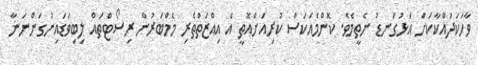
ވާހަކަދައްކާކަށް އަޅުގަނޑު ނެތީމެވެ. ކޮންމެއަކަސް ކުރިއަށްއޮތީ އެ އިއްޒަތްތެރި މެމްބަރުން ރިސޯޓްތައް ލިބިވަޑައިނުގަންނަނާ